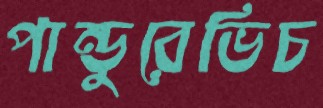
পান্ডুরেভিচ